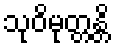
သုဝိမုတ္တန္တိ